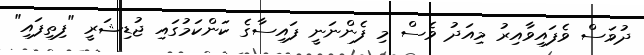
ދުވަސް ވެފައިވާއިރު މިއަދު ވެސް މި ފެންނަނީ ފައިސާގެ ކަންކަމުގައި ޖުޑިޝަރީ "ފިތިފައި"